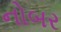
નોબર